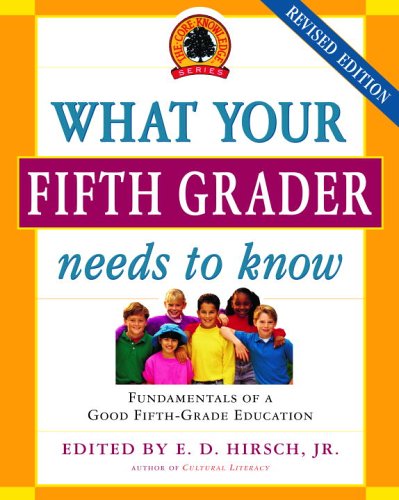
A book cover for What Your Fifth Grader Needs to Know: Fundamentals of a Good Fifth-Grade Education (Core Knowledge Series); Education & Teaching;